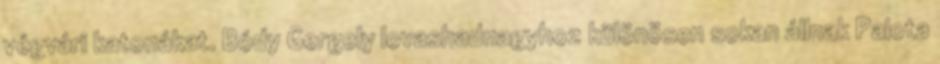
végvári katonákat. Bódy Gergely lovashadnagyhoz különösen sokan állnak Palota